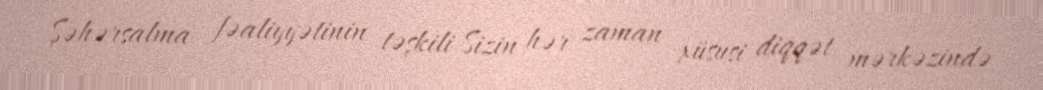
Şəhərsalma fəaliyyətinin təşkili Sizin hər zaman xüsusi diqqət mərkəzində